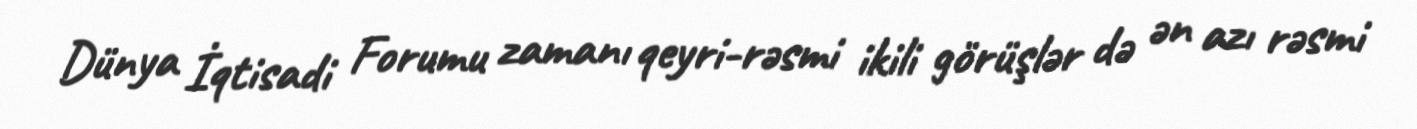
Dünya İqtisadi Forumu zamanı qeyri-rəsmi ikili görüşlər də ən azı rəsmi